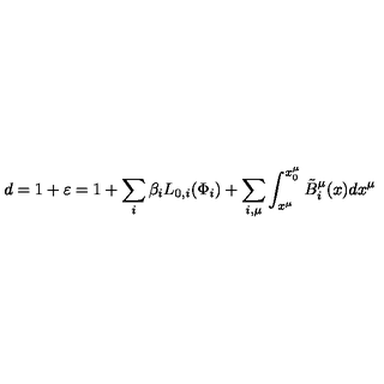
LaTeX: d = 1 + \varepsilon = 1 + \sum _ { i } { \beta _ { i } L _ { 0 , i } ( \Phi _ { i } ) } + \sum _ { i , \mu } { \int _ { x ^ { \mu } } ^ { x _ { 0 } ^ { \mu } } { \tilde { B } _ { i } ^ { \mu } ( x ) d x ^ { \mu } } }